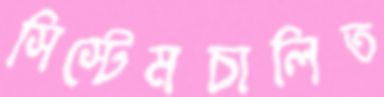
সিস্টেমচালিত